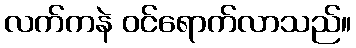
လက်ကနဲ ဝင်ရောက်လာသည်။